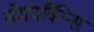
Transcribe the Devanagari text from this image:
सेमपर्विरेन्स